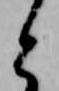
と